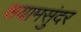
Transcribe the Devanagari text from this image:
शयामसुंदर